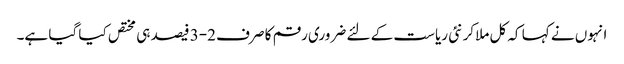
انہوں نے کہا کہ کل ملاکر نئی ریاست کے لئے ضروری رقم کا صرف 2-3 فیصد ہی مختص کیا گیا ہے۔